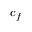
c _ { f }